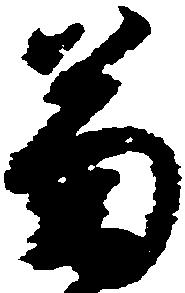
菊